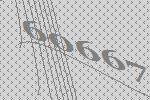
60667